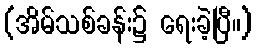
(အိမ်သစ်ခန်း၌ ရေးခဲ့ပြီ။)